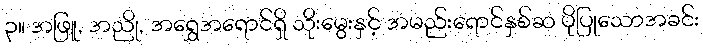
၃။ အဖြူ, အညို, အရွှေအရောင်ရှိ သိုးမွေးနှင့် အမည်းရောင်နှစ်ဆ ပိုပြုသောအခင်း